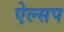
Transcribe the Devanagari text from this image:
ऐल्सप